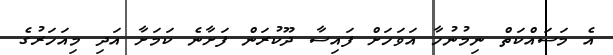
އެ މަސައްކަތް ނިމުނުހާ އަވަހަށް ފައިސާ ދޫކުރަން ފަށާނެ ކަމަށާ އަދި މިއަހަރުގެ